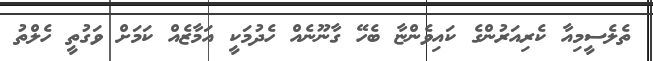
ތެލެސީމިއާ ކެރިއަރުންގެ ކައިވެންޏާ ބެހޭ ގާނޫނެއް ހެދުމަކީ އަމާޒެއް ކަމަށް ވަގުތީ ހެލްތު